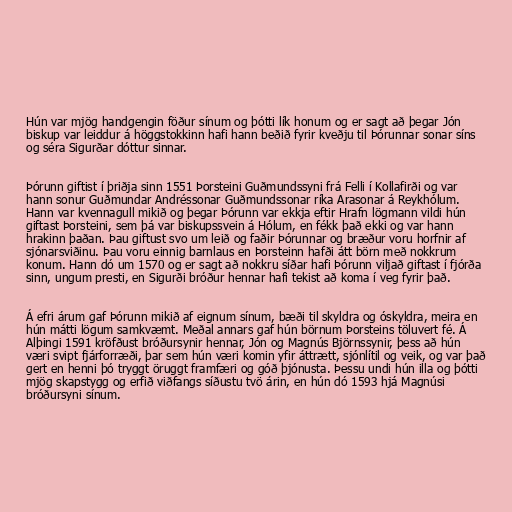
Hún var mjög handgengin föður sínum og þótti lík honum og er sagt að þegar Jón
biskup var leiddur á höggstokkinn hafi hann beðið fyrir kveðju til Þórunnar sonar síns
og séra Sigurðar dóttur sinnar.

Þórunn giftist í þriðja sinn 1551 Þorsteini Guðmundssyni frá Felli í Kollafirði og var
hann sonur Guðmundar Andréssonar Guðmundssonar ríka Arasonar á Reykhólum.
Hann var kvennagull mikið og þegar Þórunn var ekkja eftir Hrafn lögmann vildi hún
giftast Þorsteini, sem þá var biskupssvein á Hólum, en fékk það ekki og var hann
hrakinn þaðan. Þau giftust svo um leið og faðir Þórunnar og bræður voru horfnir af
sjónarsviðinu. Þau voru einnig barnlaus en Þorsteinn hafði átt börn með nokkrum
konum. Hann dó um 1570 og er sagt að nokkru síðar hafi Þórunn viljað giftast í fjórða
sinn, ungum presti, en Sigurði bróður hennar hafi tekist að koma í veg fyrir það.

Á efri árum gaf Þórunn mikið af eignum sínum, bæði til skyldra og óskyldra, meira en
hún mátti lögum samkvæmt. Meðal annars gaf hún börnum Þorsteins töluvert fé. Á
Alþingi 1591 kröfðust bróðursynir hennar, Jón og Magnús Björnssynir, þess að hún
væri svipt fjárforræði, þar sem hún væri komin yfir áttrætt, sjónlítil og veik, og var það
gert en henni þó tryggt öruggt framfæri og góð þjónusta. Þessu undi hún illa og þótti
mjög skapstygg og erfið viðfangs síðustu tvö árin, en hún dó 1593 hjá Magnúsi
bróðursyni sínum.